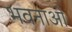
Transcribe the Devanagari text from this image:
भवनाओं